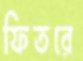
ফিতরে